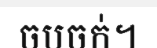
ចបចក់។